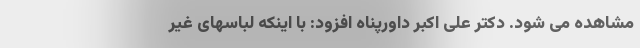
مشاهده می شود. دکتر علی اکبر داورپناه افزود: با اینکه لباسهای غیر